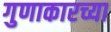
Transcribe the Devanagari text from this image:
गुणाकारच्या